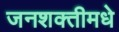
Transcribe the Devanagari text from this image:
जनशक्तीमधे